Medical and sanitary report of the native army of Madras for the year
Year: 1875
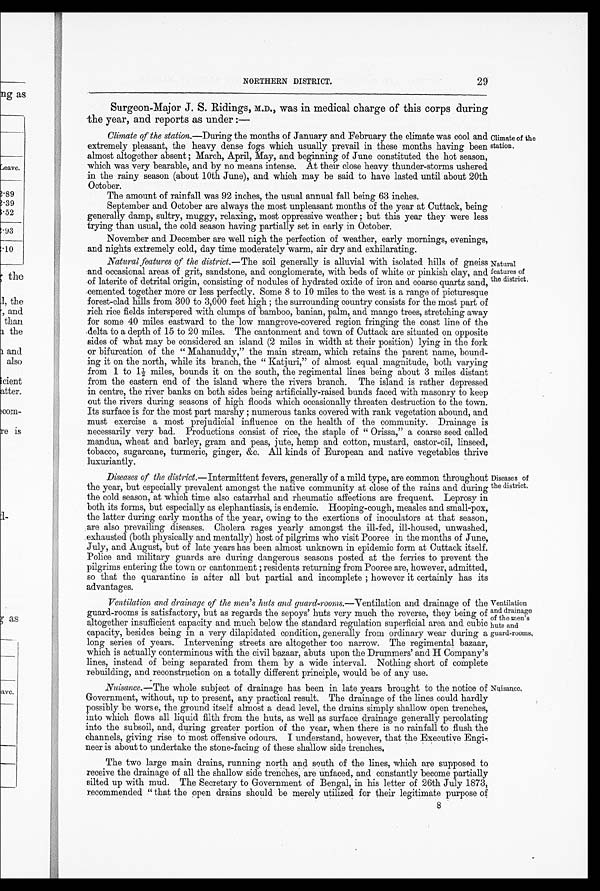
29
NORTHERN DISTRICT.
Surgeon-Major J. S. Ridings, M.D., was in medical charge of this corps during
the year, and reports as under:—
Climate of the station.—During the months of January and February the climate was cool and
extremely pleasant, the heavy dense fogs which usually prevail in these months having been
almost altogether absent; March, April, May, and beginning of June constituted the hot season,
which was very bearable, and by no means intense. At their close heavy thunder-storms ushered
in the rainy season (about 10th June), and which may be said to have lasted until about 20th
October.
The amount of rainfall was 92 inches, the usual annual fall being 63 inches.
September and October are always the most unpleasant months of the year at Cuttack, being
generally damp, sultry, muggy, relaxing, most oppressive weather; but this year they were less
trying than usual, the cold season having partially set in early in October.
November and December are well nigh the perfection of weather, early mornings, evenings,
and nights extremely cold, day time moderately warm, air dry and exhilarating.
Natural features of the district .—The soil generally is alluvial with isolated hills of gneiss
and occasional areas of grit, sandstone, and conglomerate, with beds of white or pinkish clay, and
of laterite of detrital origin, consisting of nodules of hydrated oxide of iron and coarse quartz sand,
cemented together more or less perfectly. Some 8 to 10 miles to the west is a range of picturesque
forest-clad hills from 300 to 3,000 feet high; the surrounding country consists for the most part of
rich rice fields interspered with clumps of bamboo, banian, palm, and mango trees, stretching away
for some 40 miles eastward to the low mangrove-covered region fringing the coast line of the
delta to a depth of 15 to 20 miles. The cantonment and town of Cuttack are situated on opposite
sides of what may be considered an island (2 miles in width at their position) lying in the fork
or bifurcation of the "Mahanuddy," the main stream, which retains the parent name, bound
-ing it on the north, while its branch, the "Katjuri," of almost equal magnitude, both varying
from 1 to 1½ miles, bounds it on the south, the regimental lines being about 3 miles distant
from the eastern end of the island where the rivers branch. The island is rather depressed
in centre, the river banks on both sides being artificially-raised bands faced with masonry to keep
out the rivers during seasons of high floods which occasionally threaten destruction to the town.
Its surface is for the most part marshy; numerous tanks covered with rank vegetation abound, and
must exercise a most prejudicial influence on the health of the community. Drainage is
necessarily very bad. Productions consist of rice, the staple of "Orissa," a coarse seed called
mandua, wheat and barley, gram and peas, jute, hemp and cotton, mustard, castor-oil, linseed,
tobacco, sugarcane, turmeric, ginger, &c. All kinds of European and native vegetables thrive
luxuriantly.
Diseases of the district .—Intermittent fevers, generally of a mild type, are common throughout
the year, but especially prevalent amongst the native community at close of the rains and during
the cold season, at which time also catarrhal and rheumatic affections are frequent. Leprosy in
both its forms, but especially as elephantiasis, is endemic. Hooping-cough, measles and small-pox,
the latter during early months of the year, owing to the exertions of inoculators at that season,
are also prevailing diseases. Cholera rages yearly amongst the ill-fed, ill-housed, unwashed,
exhausted (both physically and mentally) host of pilgrims who visit Pooree in the months of June,
July, and August, but of late years has been almost unknown in epidemic form at Cuttack itself.
Police and military guards are during dangerous seasons posted at the ferries to prevent the
pilgrims entering the town or cantonment; residents returning from Pooree are, however, admitted,
so that the quarantine is after all but partial and incomplete; however it certainly has its
advantages.
Climate of the
station.
Natural
features of
the district.
Diseases of
the district.
Ventilation and drainage of the men's huts and guard-rooms.—Ventilation and drainage of the
guard-rooms is satisfactory, but as regards the sepoys' huts very much the reverse, they being of
altogether insufficient capacity and much below the standard regulation superficial area and cubic
capacity, besides being in a very dilapidated condition, generally from ordinary wear during a
long series of years. Intervening streets are altogether too narrow. The regimental bazaar,
which is actually conterminous with the civil bazaar, abuts upon the Drummers' and H Company's
lines, instead of being separated from them by a wide interval. Nothing short of complete
rebuilding, and reconstruction on a totally different principle, would be of any use.
Nuisance.—The whole subject of drainage has been in late years brought to the notice of
Government, without, up to present, any practical result. The drainage of the lines could hardly
possibly be worse, the ground itself almost a dead level, the drains simply shallow open trenches,
into which flows all liquid filth from the huts, as well as surface drainage generally percolating
into the subsoil, and, during greater portion of the year, when there is no rainfall to flush the
channels, giving rise to most offensive odours. I understand, however, that the Executive Engi
-neer is about to undertake the stone-facing of these shallow side trenches.
Ventilation
and drainage
of the men's
huts and
guard-rooms.
Nuisance.
The two large main drains, running north and south of the lines, which are supposed to
receive the drainage of all the shallow side trenches, are unfaced, and constantly become partially
silted up with mud. The Secretary to Government of Bengal, in his letter of 26th July 1873,
recommended "that the open drains should be merely utilized for their legitimate purpose of